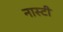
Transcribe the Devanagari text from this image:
नास्टी